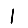
Digit: 1